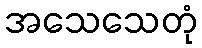
အသေသေတုံ